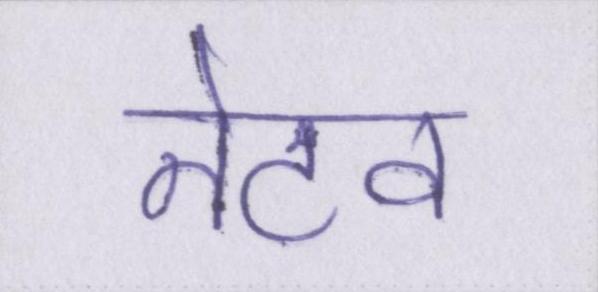
नेटव